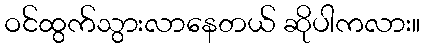
ဝင်ထွက်သွားလာနေတယ် ဆိုပါကလား။